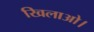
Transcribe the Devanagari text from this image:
खिलाओ।